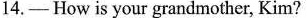
14.—How is your grandmother, Kim?